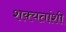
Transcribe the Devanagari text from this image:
शक्यतांशी